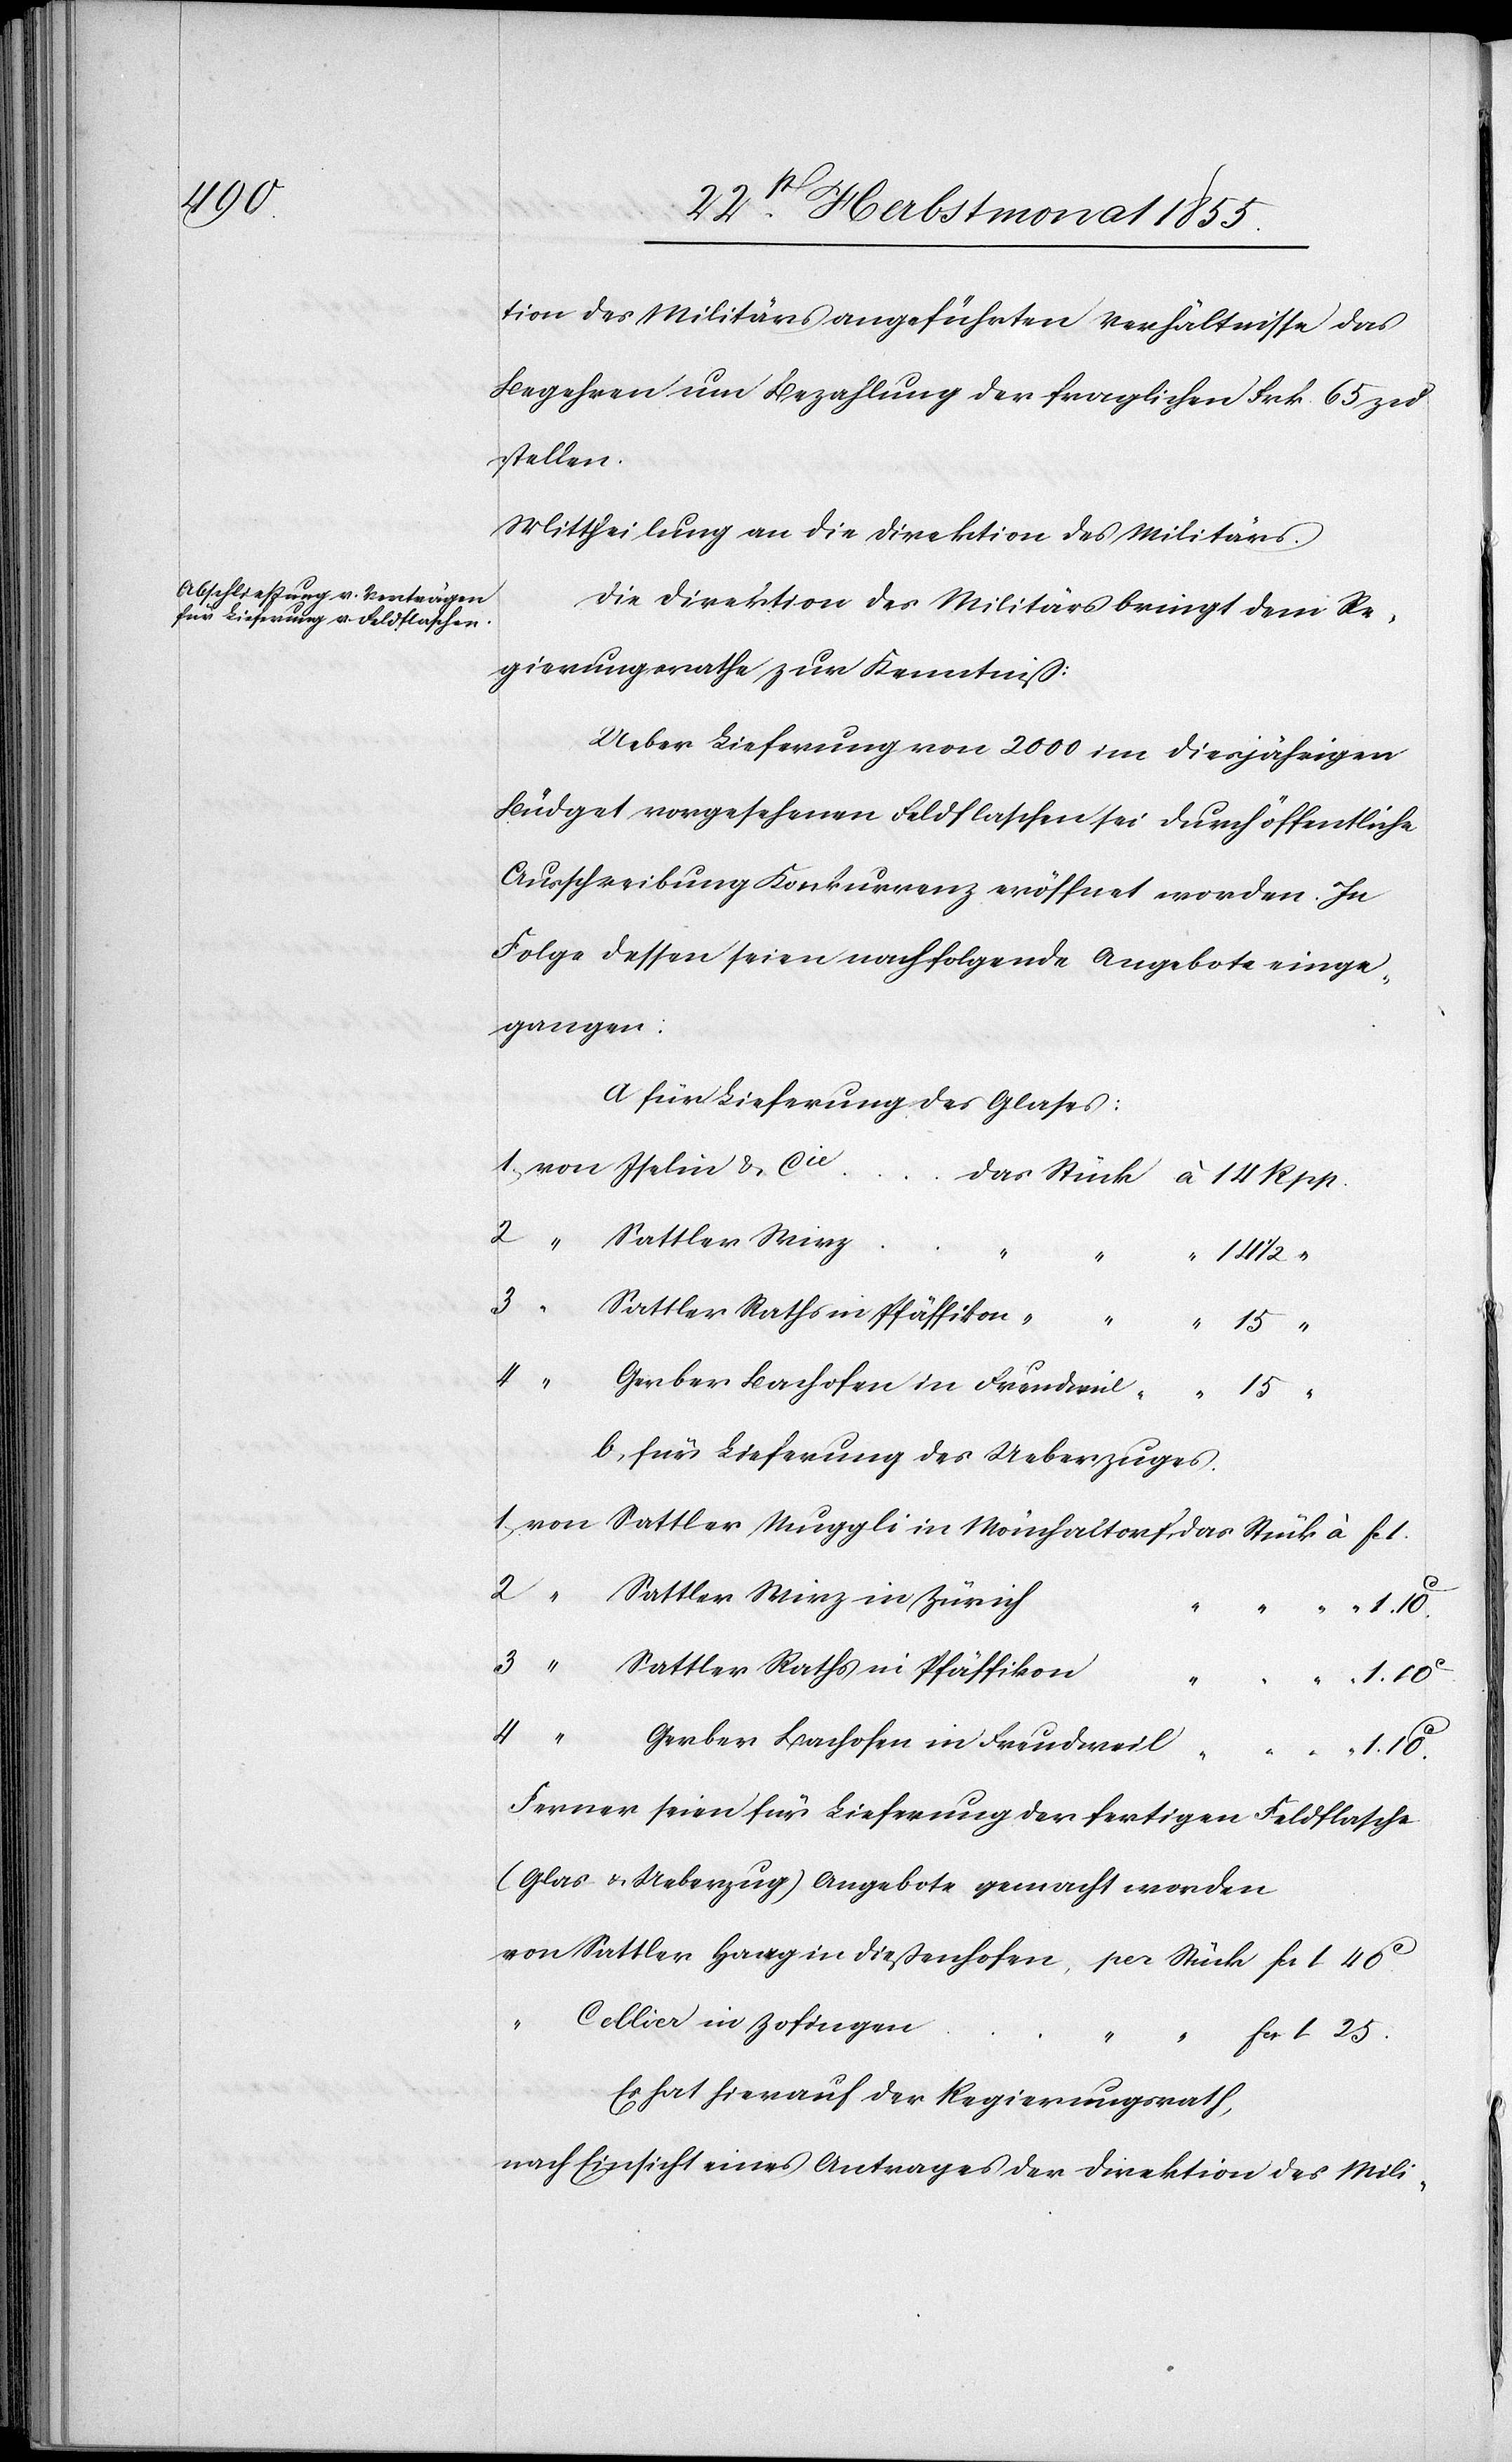
1,

tion des Militärs angeführten Verhältnisse das
Begehren um Bezahlung der fraglichen Frk. 65 zu
stellen.
Mittheilung an die Direktion des Militärs.
Die Direktion des Militärs bringt dem Re¬
gierungsrathe zur Kenntniß:
Ueber Lieferung von 2000 im diesjährigen
Büdget vorgesehenen Feldflaschen sei durch öffentliche
Ausschreibung Konkurrenz eröffnet worden. In
Folge dessen seien nachfolgende Angebote einge¬
gangen:
a für Lieferung des Glases:
2
Sattler Haag
15 “
Fc.
1.
b, für Lieferung des Ueberzuges.
“ Sattler Wirz in Zürich
Sattler Raths in Pfäffikon
1. 25.
4
Fcs.
Gerber Bachofen in Freudweil
1. 40c.
per
Ferner seien für Lieferung der fertigen Feldflasche
(Glas & Ueberzug) Angebote gemacht worden
Cellier in Zofingen
Es hat hierauf der Regierungsrath,
nach Einsicht eines Antrages der Direktion des Mili-